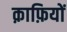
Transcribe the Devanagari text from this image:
क़ाफ़ियों